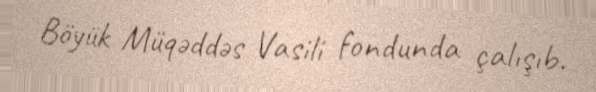
Böyük Müqəddəs Vasili fondunda çalışıb.